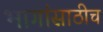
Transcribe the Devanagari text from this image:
भागांसाठीच